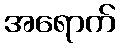
အရောက်